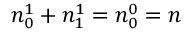
n _ { 0 } ^ { 1 } + n _ { 1 } ^ { 1 } = n _ { 0 } ^ { 0 } = n